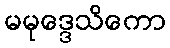
မမုဒ္ဒေသိကော